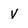
Character: v